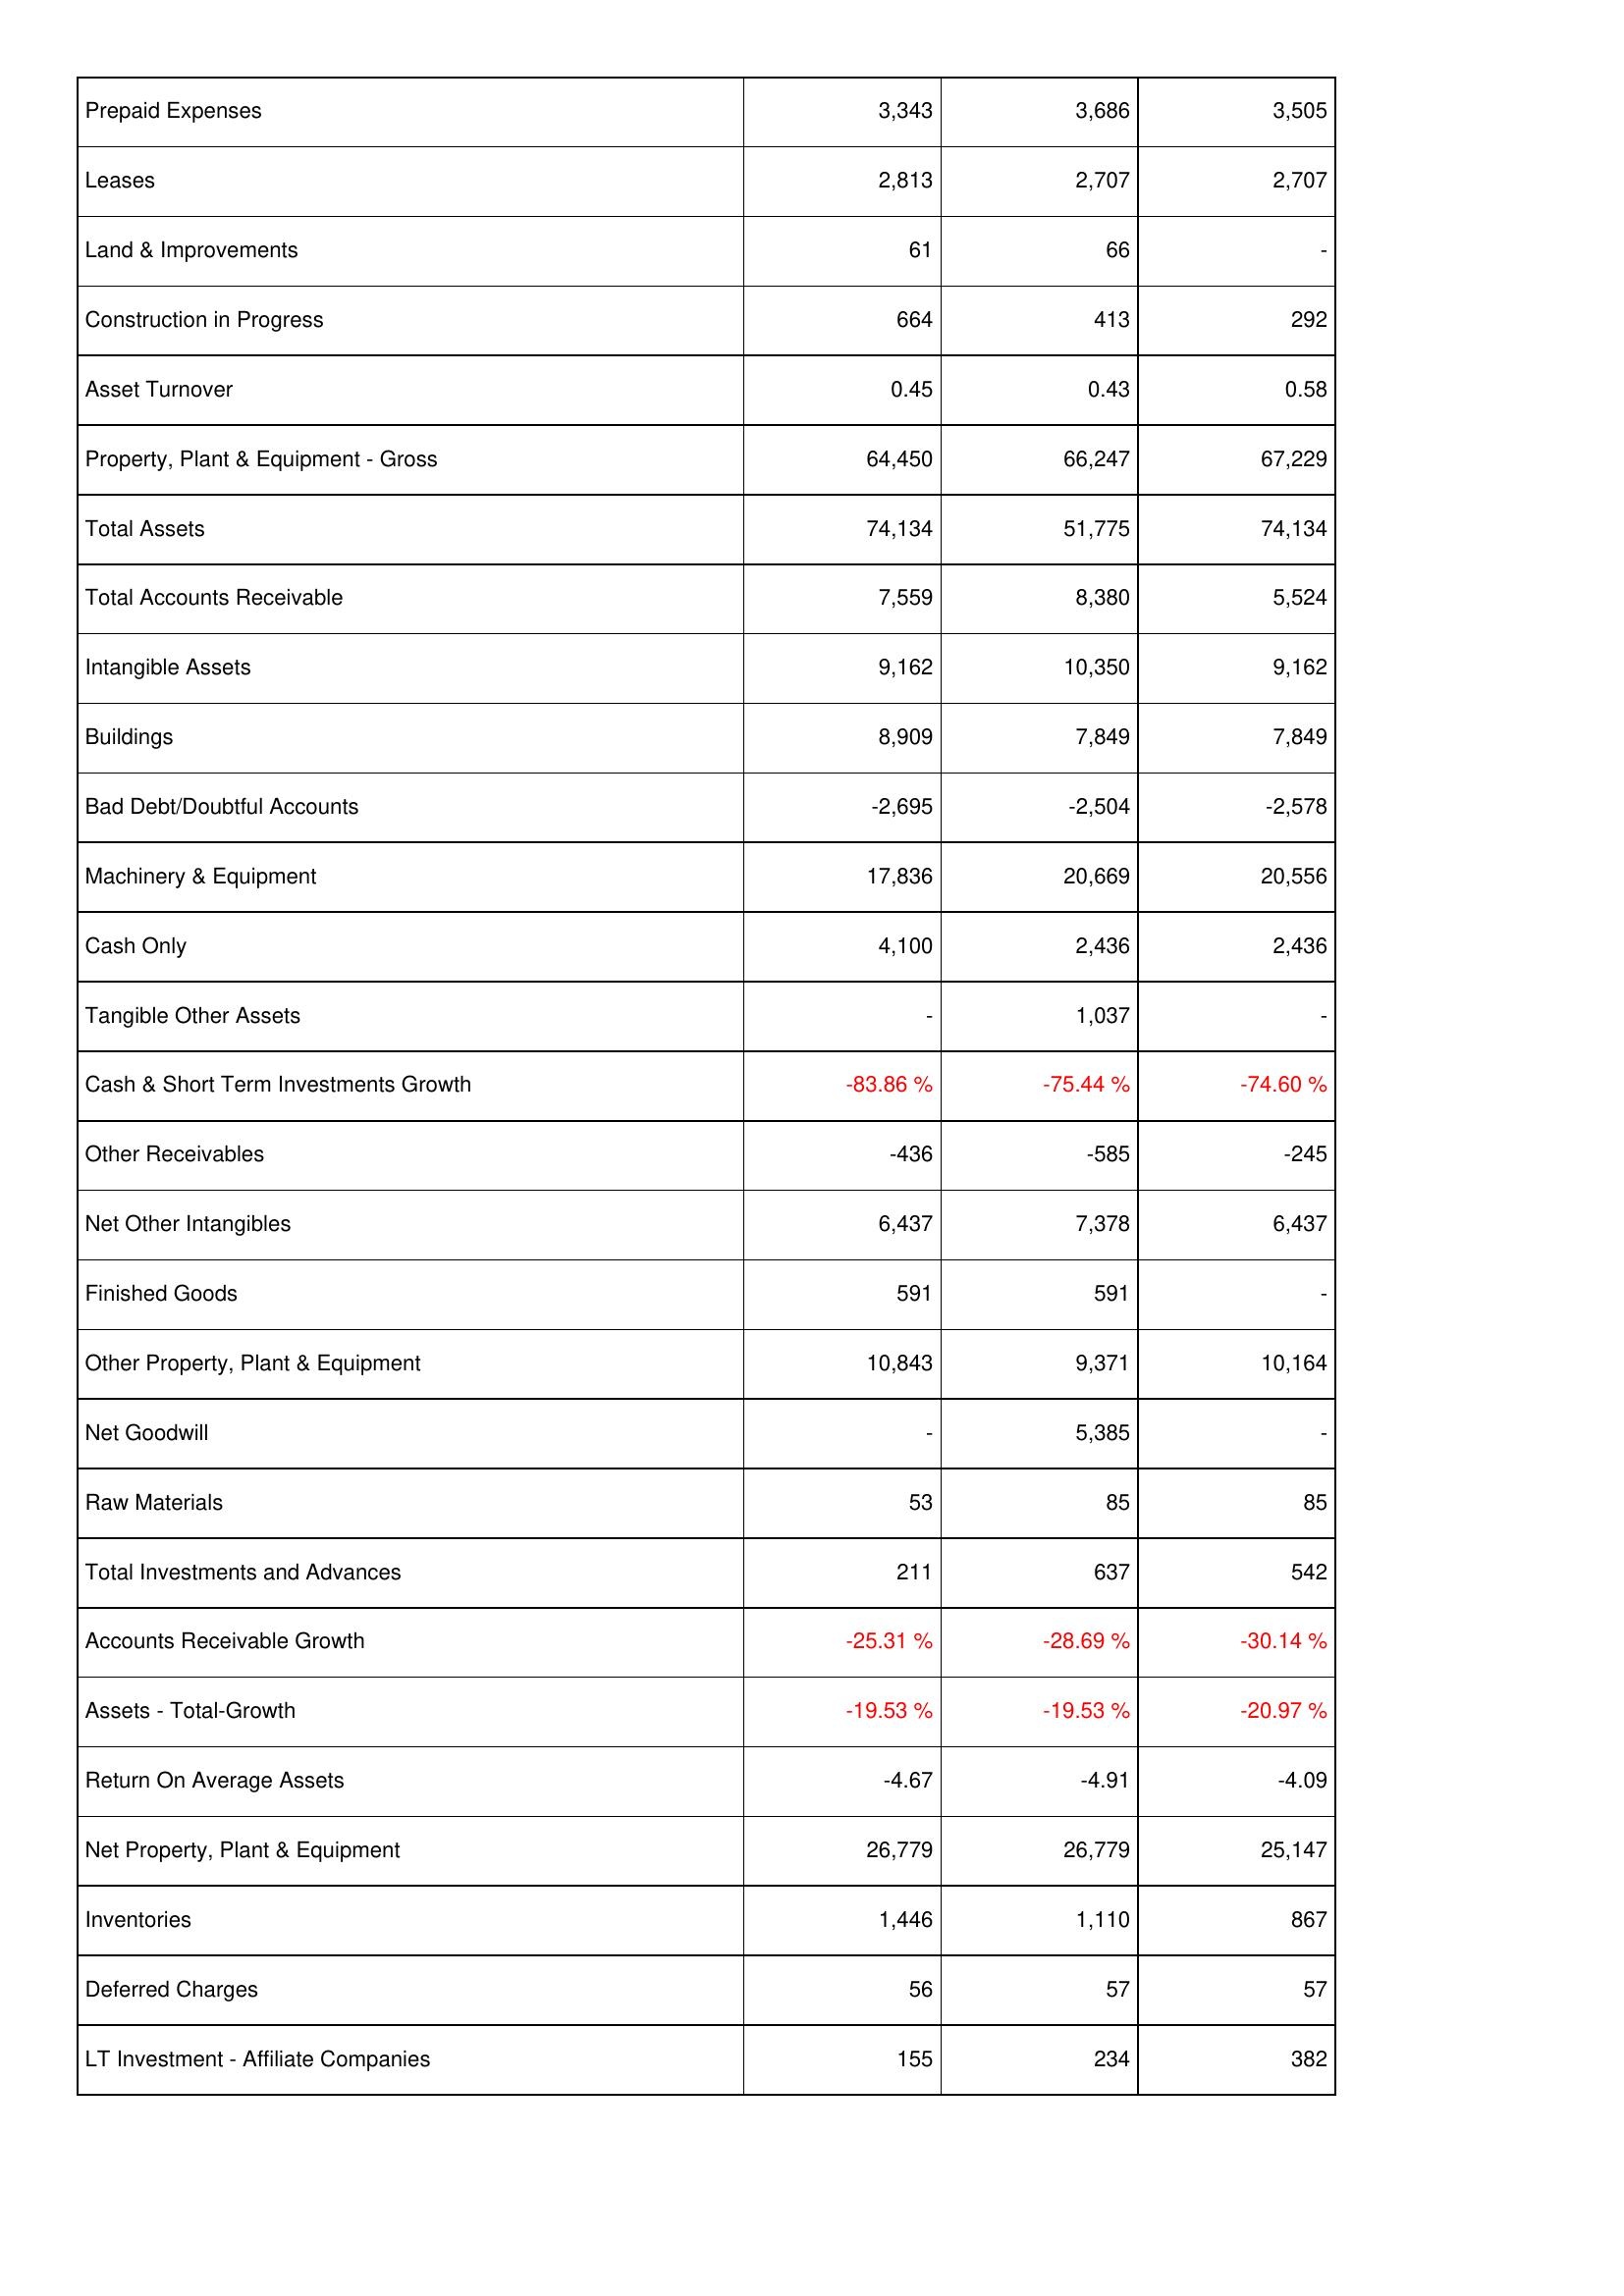
2015: Assets: Prepaid Expenses: 3,343
Leases: 2,813
Land & Improvements: 61
Construction in Progress: 664
Asset Turnover: 0.45
Property, Plant & Equipment - Gross: 64,450
Total Assets: 74,134
Total Accounts Receivable: 7,559
Intangible Assets: 9,162
Buildings: 8,909
Bad Debt/Doubtful Accounts: -2,695
Machinery & Equipment: 17,836
Cash Only: 4,100
Tangible Other Assets: -
Cash & Short Term Investments Growth: -83.86 %
Other Receivables: -436
Net Other Intangibles: 6,437
Finished Goods: 591
Other Property, Plant & Equipment: 10,843
Net Goodwill: -
Raw Materials: 53
Total Investments and Advances: 211
Accounts Receivable Growth: -25.31 %
Assets - Total-Growth: -19.53 %
Return On Average Assets: -4.67
Net Property, Plant & Equipment: 26,779
Inventories: 1,446
Deferred Charges: 56
LT Investment - Affiliate Companies: 155
2016: Assets: Prepaid Expenses: 3,686
Leases: 2,707
Land & Improvements: 66
Construction in Progress: 413
Asset Turnover: 0.43
Property, Plant & Equipment - Gross: 66,247
Total Assets: 51,775
Total Accounts Receivable: 8,380
Intangible Assets: 10,350
Buildings: 7,849
Bad Debt/Doubtful Accounts: -2,504
Machinery & Equipment: 20,669
Cash Only: 2,436
Tangible Other Assets: 1,037
Cash & Short Term Investments Growth: -75.44 %
Other Receivables: -585
Net Other Intangibles: 7,378
Finished Goods: 591
Other Property, Plant & Equipment: 9,371
Net Goodwill: 5,385
Raw Materials: 85
Total Investments and Advances: 637
Accounts Receivable Growth: -28.69 %
Assets - Total-Growth: -19.53 %
Return On Average Assets: -4.91
Net Property, Plant & Equipment: 26,779
Inventories: 1,110
Deferred Charges: 57
LT Investment - Affiliate Companies: 234
2017: Assets: Prepaid Expenses: 3,505
Leases: 2,707
Land & Improvements: -
Construction in Progress: 292
Asset Turnover: 0.58
Property, Plant & Equipment - Gross: 67,229
Total Assets: 74,134
Total Accounts Receivable: 5,524
Intangible Assets: 9,162
Buildings: 7,849
Bad Debt/Doubtful Accounts: -2,578
Machinery & Equipment: 20,556
Cash Only: 2,436
Tangible Other Assets: -
Cash & Short Term Investments Growth: -74.60 %
Other Receivables: -245
Net Other Intangibles: 6,437
Finished Goods: -
Other Property, Plant & Equipment: 10,164
Net Goodwill: -
Raw Materials: 85
Total Investments and Advances: 542
Accounts Receivable Growth: -30.14 %
Assets - Total-Growth: -20.97 %
Return On Average Assets: -4.09
Net Property, Plant & Equipment: 25,147
Inventories: 867
Deferred Charges: 57
LT Investment - Affiliate Companies: 382